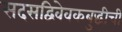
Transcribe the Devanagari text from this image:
सदसद्विवेवकबुद्धीची